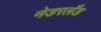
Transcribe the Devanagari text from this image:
नेडरलँड